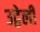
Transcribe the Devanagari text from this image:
उद्वेली